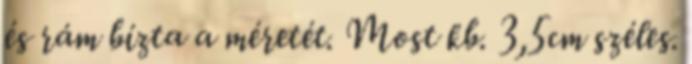
és rám bízta a méretét. Most kb. 3,5cm széles.